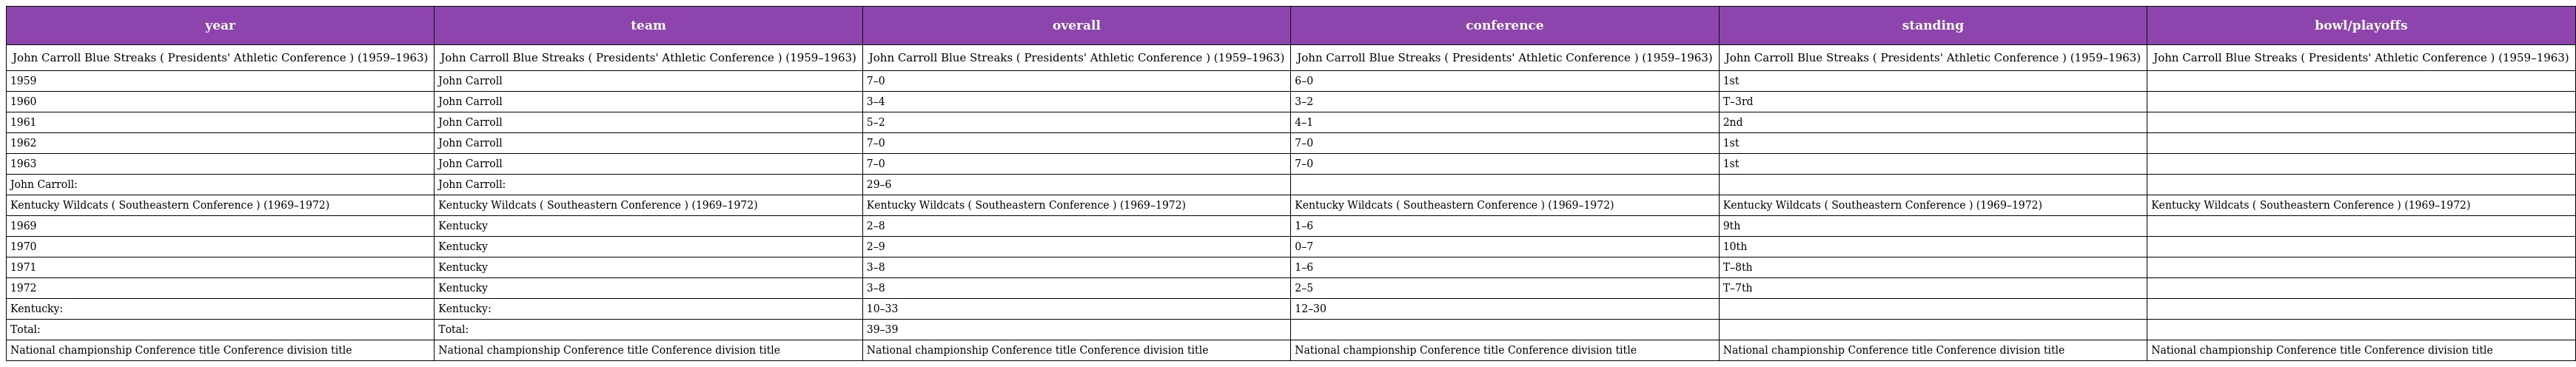
| year | team | overall | conference | standing | bowl/playoffs |
 | --- | --- | --- | --- | --- | --- |
 | John Carroll Blue Streaks ( Presidents' Athletic Conference ) (1959–1963) | John Carroll Blue Streaks ( Presidents' Athletic Conference ) (1959–1963) | John Carroll Blue Streaks ( Presidents' Athletic Conference ) (1959–1963) | John Carroll Blue Streaks ( Presidents' Athletic Conference ) (1959–1963) | John Carroll Blue Streaks ( Presidents' Athletic Conference ) (1959–1963) | John Carroll Blue Streaks ( Presidents' Athletic Conference ) (1959–1963) |
 | 1959 | John Carroll | 7–0 | 6–0 | 1st |  |
 | 1960 | John Carroll | 3–4 | 3–2 | T–3rd |  |
 | 1961 | John Carroll | 5–2 | 4–1 | 2nd |  |
 | 1962 | John Carroll | 7–0 | 7–0 | 1st |  |
 | 1963 | John Carroll | 7–0 | 7–0 | 1st |  |
 | John Carroll: | John Carroll: | 29–6 |  |  |  |
 | Kentucky Wildcats ( Southeastern Conference ) (1969–1972) | Kentucky Wildcats ( Southeastern Conference ) (1969–1972) | Kentucky Wildcats ( Southeastern Conference ) (1969–1972) | Kentucky Wildcats ( Southeastern Conference ) (1969–1972) | Kentucky Wildcats ( Southeastern Conference ) (1969–1972) | Kentucky Wildcats ( Southeastern Conference ) (1969–1972) |
 | 1969 | Kentucky | 2–8 | 1–6 | 9th |  |
 | 1970 | Kentucky | 2–9 | 0–7 | 10th |  |
 | 1971 | Kentucky | 3–8 | 1–6 | T–8th |  |
 | 1972 | Kentucky | 3–8 | 2–5 | T–7th |  |
 | Kentucky: | Kentucky: | 10–33 | 12–30 |  |  |
 | Total: | Total: | 39–39 |  |  |  |
 | National championship Conference title Conference division title | National championship Conference title Conference division title | National championship Conference title Conference division title | National championship Conference title Conference division title | National championship Conference title Conference division title | National championship Conference title Conference division title |